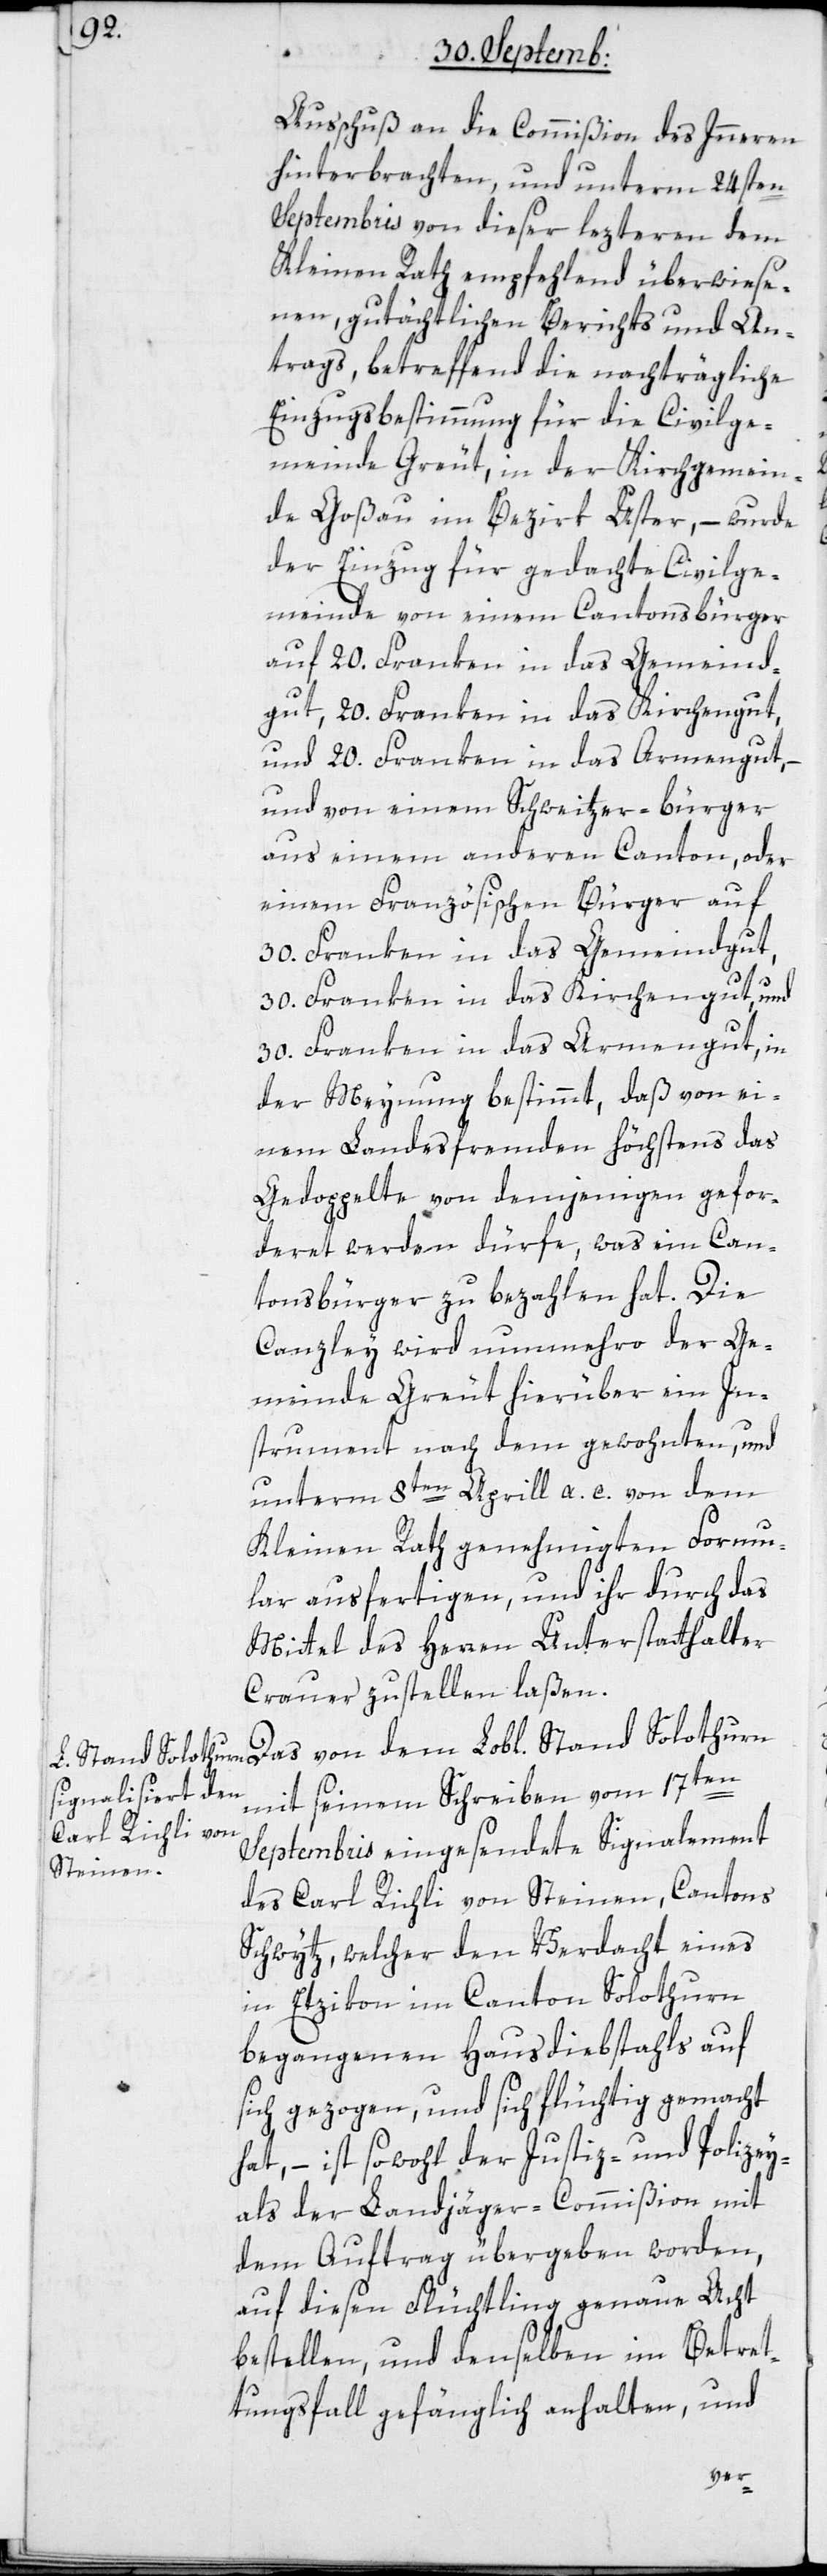
Ausschuß an die Commißion des Innern
hinterbrachten, und unterm 24sten
Septembris von dieser lezteren dem
Kleinen Rath empfehlend überwiese¬
nen, gutächtlichen Berichts und An¬
trags, betreffend die nachträgliche
Einzugsbestimmung für die Civilge¬
meinde Greut, in der Kirchgemein¬
de Goßau im Bezirk Uster, – wurde
der Einzug für gedachte Civilge¬
meinde von einem Cantonsbürger
auf 20. Franken in das Gemeind¬
gut, 20. Franken in das Kirchengut,
und 20. Franken in das Armengut, –
und von einem Schweitzer-bürger
aus einem anderen Canton, oder
einem Französischen Bürger auf
30. Franken in das Gemeindgut,
30. Franken in das Kirchengut und
30. Franken in das Armengut, in
der Meynung bestimmt, daß von ei¬
nem Landesfremden höchstens das
Gedoppelte von demjenigen gefor¬
deret werden dürfe, was ein Can¬
tonsbürger zu bezahlen hat. Die
Canzley wird nunmehro der Ge¬
meinde Greut hierüber ein In¬
strument nach dem gewohnten, und
unterm 8ten April a. c. von dem
Kleinen Rath genehmigten Formu¬
lar ausfertigen, und ihr durch das
Mittel des Herren Unterstatthalter
Crauer zustellen laßen.
mit seinem Schreiben vom 17ten
Septembris eingesendete Signalement
des Carl Richli von Steinen, Cantons
Schwytz, welcher den Verdacht eines
in Etzikon im Canton Solothurn
begangenen Hausdiebstahls auf
sich gezogen, und sich flüchtig gemacht
hat, – ist sowohl der Justiz- und Polizey-
als der Landjäger-Commißion mit
dem Auftrag übergeben worden,
auf diesen Flüchtling genaue Acht
bestellen, und denselben im Betret¬
tungsfall gefänglich anhalten, und